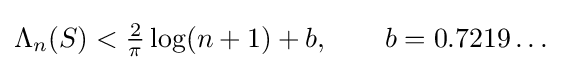
\Lambda _{n}(S)<{\tfrac {2}{\pi }}\log(n+1)+b,\qquad b=0.7219\ldots